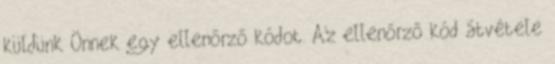
küldünk Önnek egy ellenőrző kódot. Az ellenőrző kód átvétele